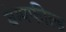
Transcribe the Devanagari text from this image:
बेम्पफील्ड